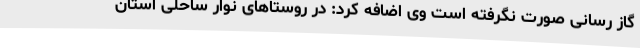
گاز رسانی صورت نگرفته است وی اضافه کرد: در روستاهای نوار ساحلی استان